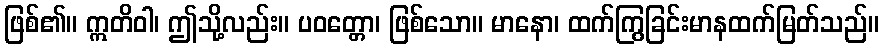
ဖြစ်၏။ ဣတိဝါ၊ ဤသို့လည်း။ ပဝတ္တော၊ ဖြစ်သော။ မာနော၊ ထက်ကြွခြင်းမာနထက်မြတ်သည်။